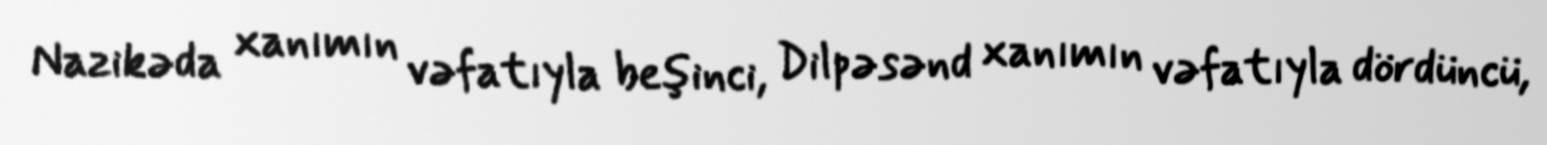
Nazikəda xanımın vəfatıyla beşinci, Dilpəsənd xanımın vəfatıyla dördüncü,